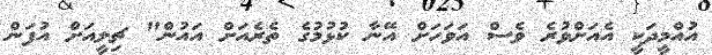
އުއްމީދަކީ އެއަށްވުރެ ވެސް އަވަހަށް އޭނާ ކުޅުމުގެ ތެރެއަށް އައުން" ޗިލީއަށް އުފަން